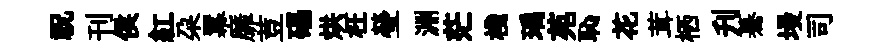
祝刊侯紅朶羃靡荳礧烘枉瑩淵茫棧瑀苑恥花茸栖刋驀墁司